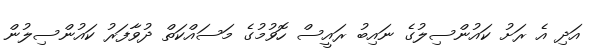
އަދި އެ ރަށު ކައުންސިލުގެ ނައިބު ރައީސް ހޮވުމުގެ މަސައްކަތް ދުވާފަރު ކައުންސިލުން